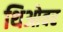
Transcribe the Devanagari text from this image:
थिओवर